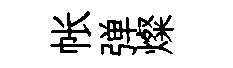
帐弹燦